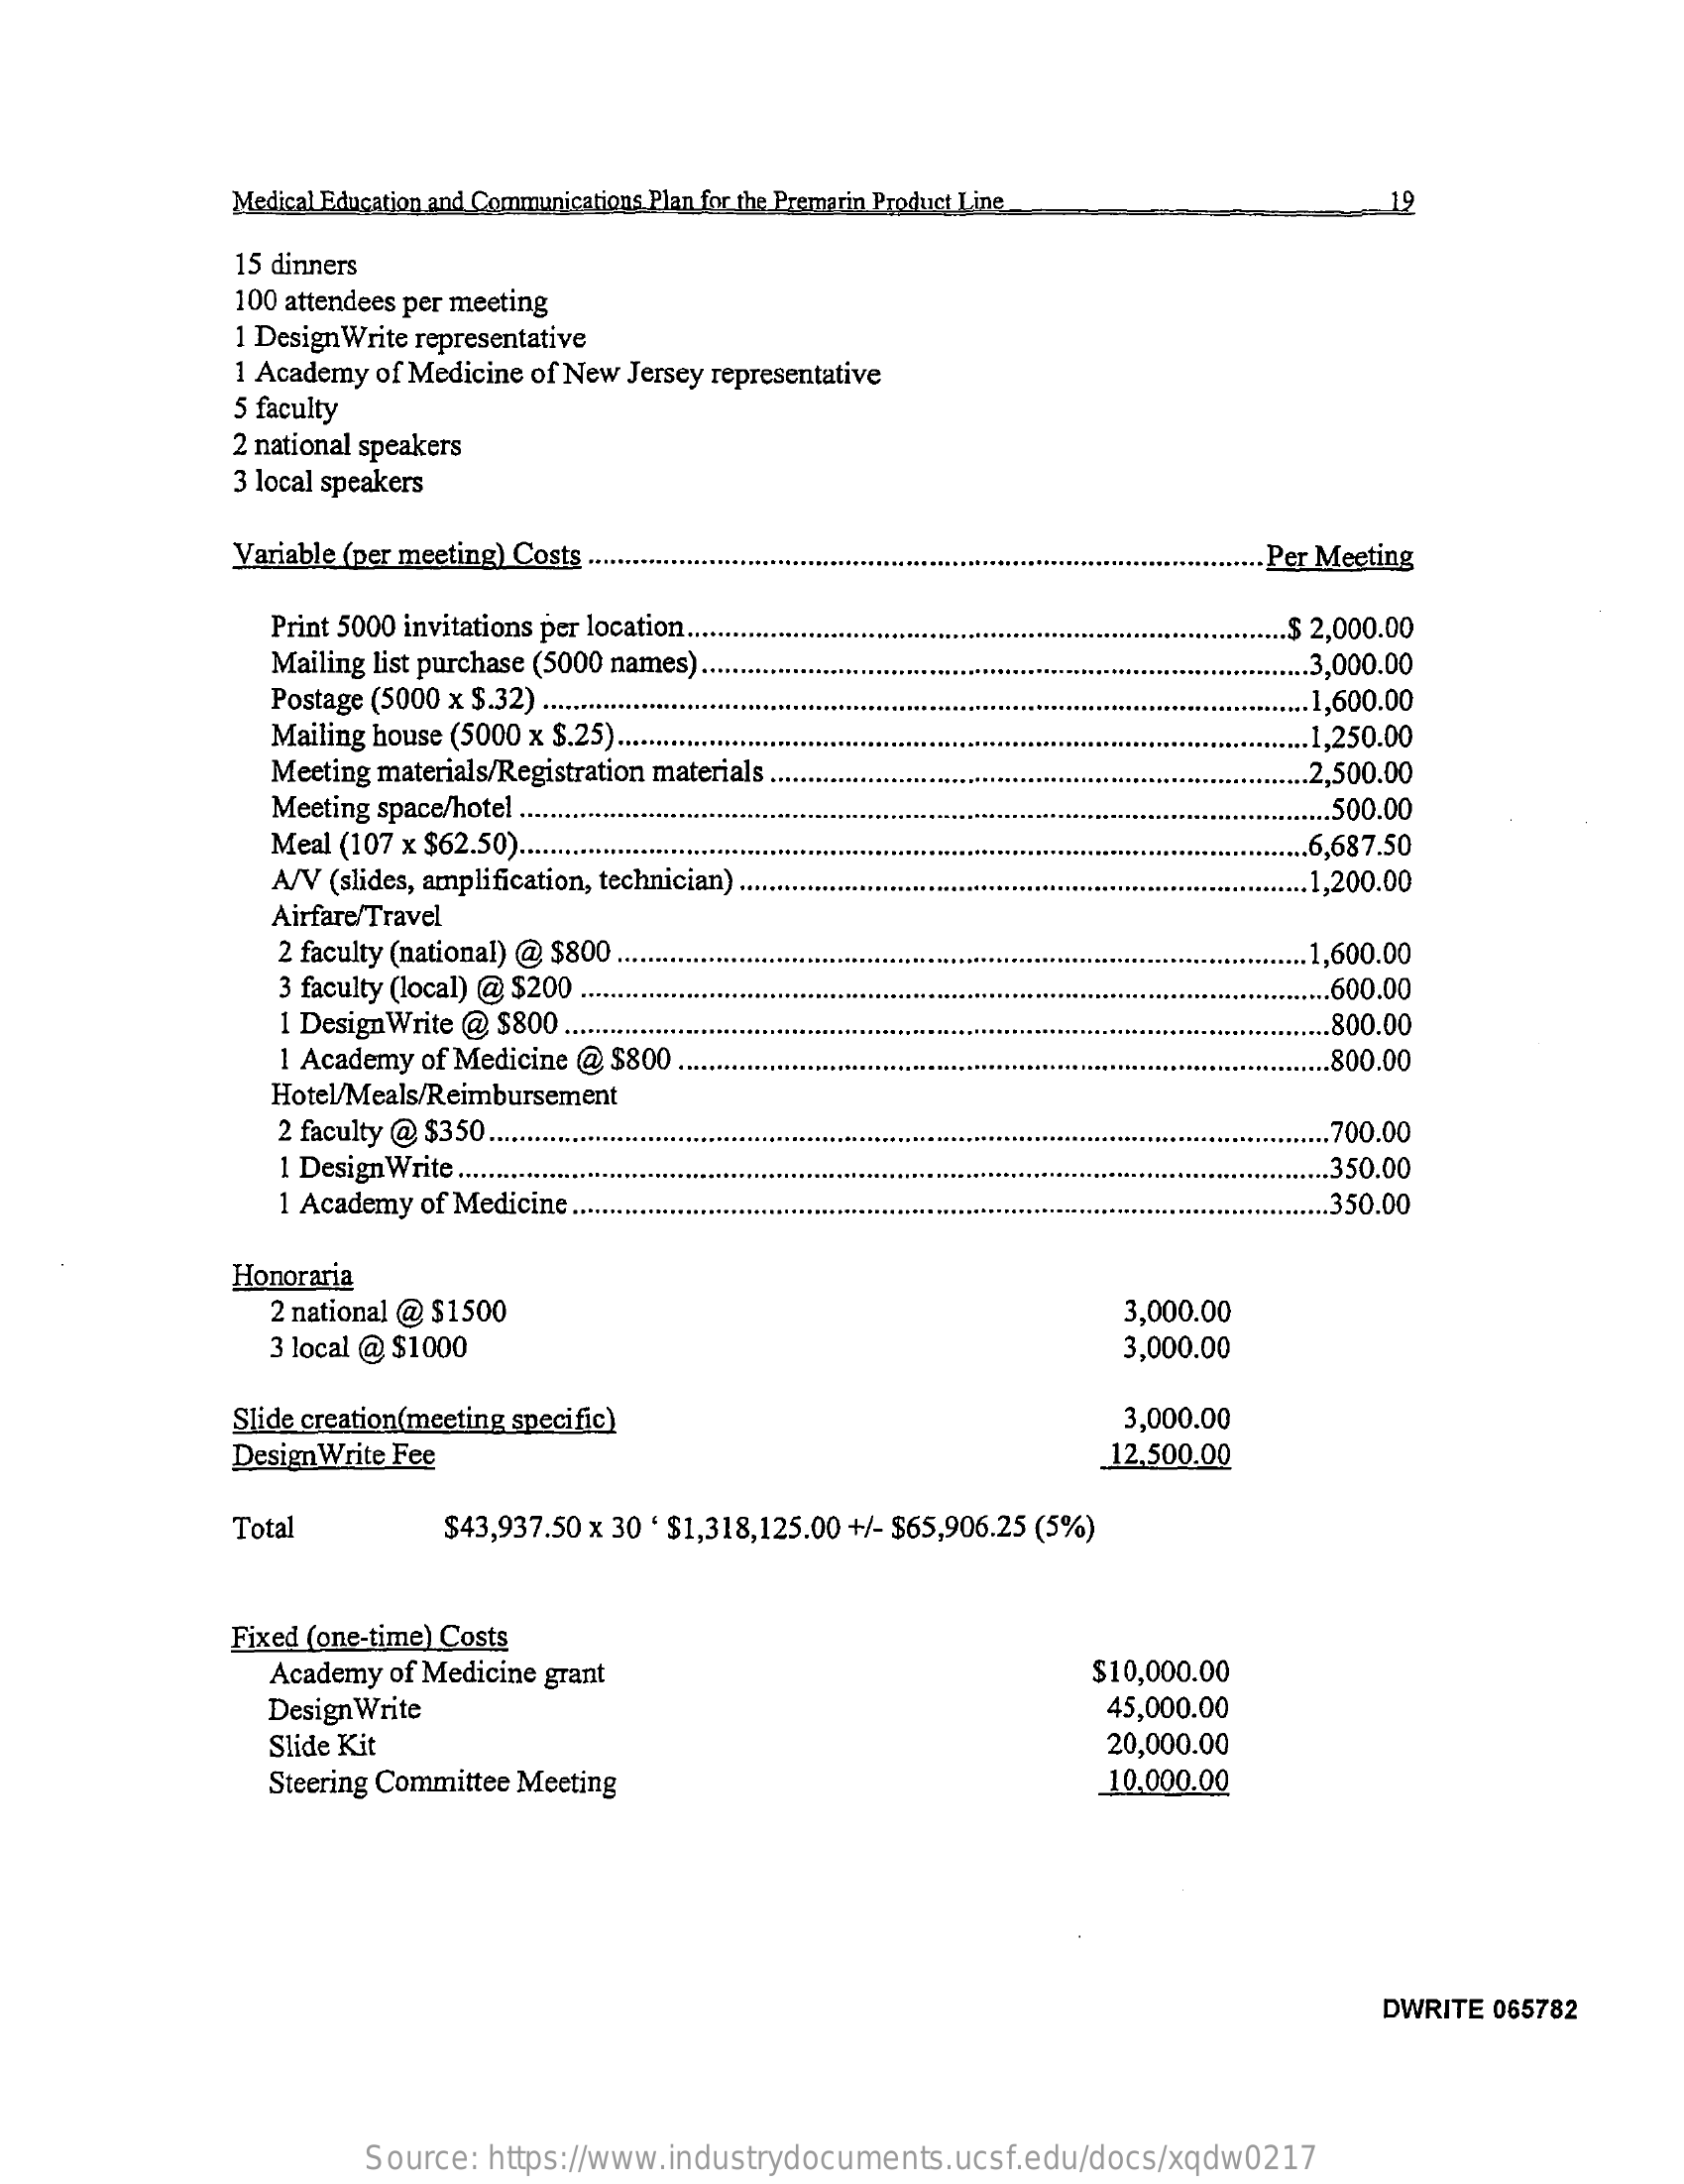
Medical Education and Communications Plan for the Premarin Product Line 19
     15 dinners
     100 attendees per meeting
     1 DesignWrite representative
     1 Academy of Medicine of New Jersey representative
     5 faculty
     2 national speakers
     3 local speakers
     Variable (per meeting) Costs ..    ... Per Meeting
     Print 5000 invitations per location .....    .$ 2,000.00
     Mailing list purchase (5000 names).
     Postage (5000 x $.32) ........
     .3,000.00
     .1,600.00
     Mailing house (5000 x $.25) ...
     Meeting materials/Registration materials ..
     .1,250.00
     Meeting space/hotel ...
     2,500.00
     Meal (107 x $62.50) ...
     .500.00
     .6,687.50
     A/V (slides, amplification, technician) .    ... 1,200.00
     Airfare/Travel
     2 faculty (national) @ $800.
     3 faculty (local) @ $200 .
     .. 1,600.00
     1 Design Write @ $800 .....
     .. 600.00
     .. 800.00
     1 Academy of Medicine @ $800 .    .. 800.00
     Hotel/Meals/Reimbursement
     2 faculty @ $350.    .. 700.00
     1 Design Write .....    .. 350.00
     1 Academy of Medicine ..    .. 350.00
     Honoraria
     2 national @ $1500    3,000.00
     3 local @ $1000    3,000.00
     Slide creation(meeting specific)    3,000.00
     Design Write Fee    12,500.00
     Total    $43,937.50 x 30 ' $1,318,125.00 +/- $65,906.25 (5%)
     Fixed (one-time) Costs
     Academy of Medicine grant    $10,000.00
     Design Write    45,000.00
     Slide Kit    20,000.00
     Steering Committee Meeting    10.000.00
     DWRITE 065782
     Source: https://www.industrydocuments.ucsf.edu/docs/xqdw0217